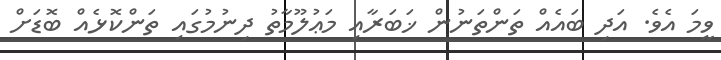
ވީމަ އެވެ. އަދި ބައެއް ތަންތަނުން ޚަބަރާއި މަޢުލޫމާތު ދިނުމުގައި ތަންކޮޅެއް ބޮޑަށް